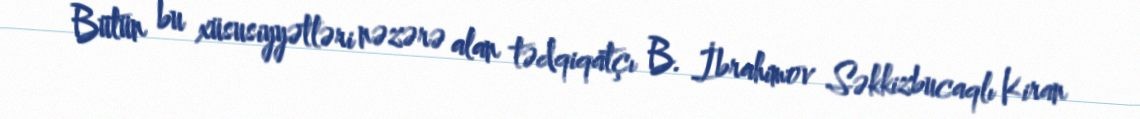
Bütün bu xüsusiyyətləri nəzərə alan tədqiqatçı B. İbrahimov Səkkizbucaqlı Kiran